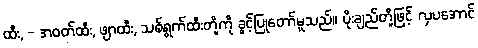
ထီး, - အဝတ်ထီး, ဖျာထီး, သစ်ရွက်ထီးတို့ကို ခွင့်ပြုတော်မူသည်။ ပိုးချည်တို့ဖြင့် လှပအောင်